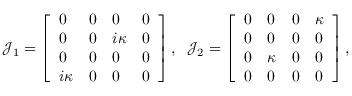
\mathcal { J } _ { 1 } = \left[ \begin{array} { l l l l } { 0 } & { 0 } & { 0 } & { 0 } \\ { 0 } & { 0 } & { i \kappa } & { 0 } \\ { 0 } & { 0 } & { 0 } & { 0 } \\ { i \kappa } & { 0 } & { 0 } & { 0 } \end{array} \right] , \; \; \mathcal { J } _ { 2 } = \left[ \begin{array} { l l l l } { 0 } & { 0 } & { 0 } & { \kappa } \\ { 0 } & { 0 } & { 0 } & { 0 } \\ { 0 } & { \kappa } & { 0 } & { 0 } \\ { 0 } & { 0 } & { 0 } & { 0 } \end{array} \right] ,